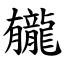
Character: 龓